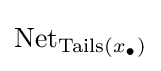
\operatorname {Net} _{\operatorname {Tails} \left(x_{\bullet }\right)}